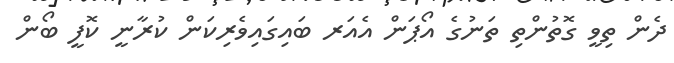
ދެން ތިވީ ގޮތުންތި ތަނުގެ އޯޕަން އެއަރ ބައިގައިވެރިކަން ކުރާނީ ކޮފީ ބޯން